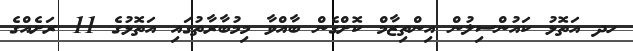
ހދ އަތޮޅު ކައުންސިލުން އިންތިޒާމް ކޮށްގެން ބާއްވާ މިމުބާރާތުގައި އަތޮޅުގެ 11 ރަށެއްގެ